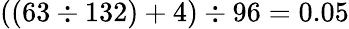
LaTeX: ((63\div 132)+4)\div 96=0.05